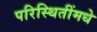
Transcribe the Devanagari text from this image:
परिस्थितींमधे